画像に写った文字を読んでください
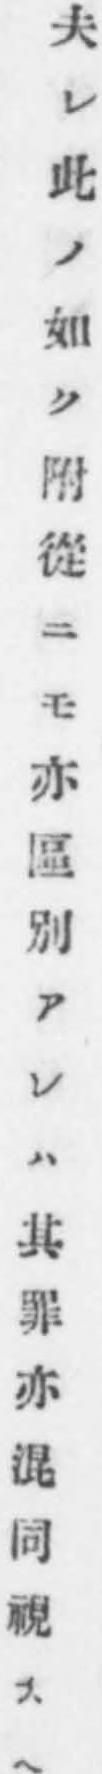
「夫レ此ノ如ク附從ニモ亦區別アレハ其罪亦混同視スヘ」と書いてあります